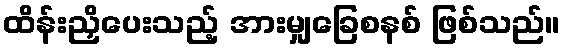
ထိန်းညှိပေးသည့် အားမျှခြေစနစ် ဖြစ်သည်။